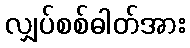
လျှပ်စစ်ဓါတ်အား